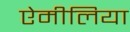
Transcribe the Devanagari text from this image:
ऐमीलिया